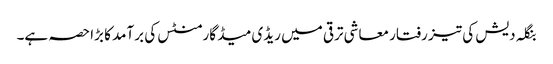
بنگلہ دیش کی تیز رفتار معاشی ترقی میں ریڈی میڈ گارمنٹس کی برآمد کا بڑا حصہ ہے۔